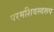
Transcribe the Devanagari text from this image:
परमशिवस्वरूप